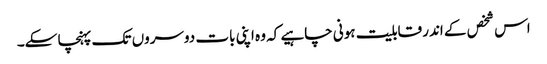
اس شخص کے اندر قابلیت ہونی چاہیے کہ وہ اپنی بات دوسروں تک پہنچا سکے۔